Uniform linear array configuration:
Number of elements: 64
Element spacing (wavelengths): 1
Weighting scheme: hamming
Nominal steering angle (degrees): -45
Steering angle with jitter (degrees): -46.68
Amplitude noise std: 0.05
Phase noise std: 0.05

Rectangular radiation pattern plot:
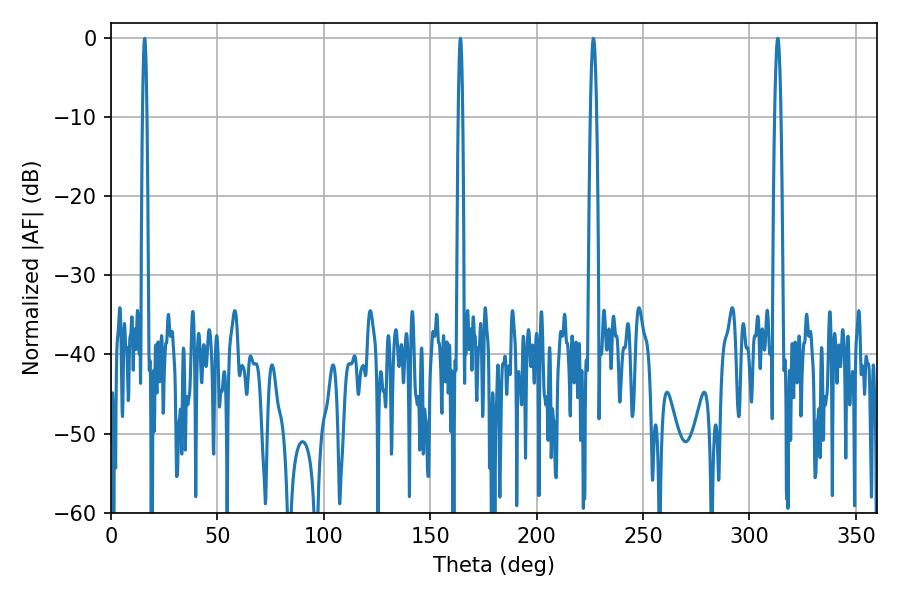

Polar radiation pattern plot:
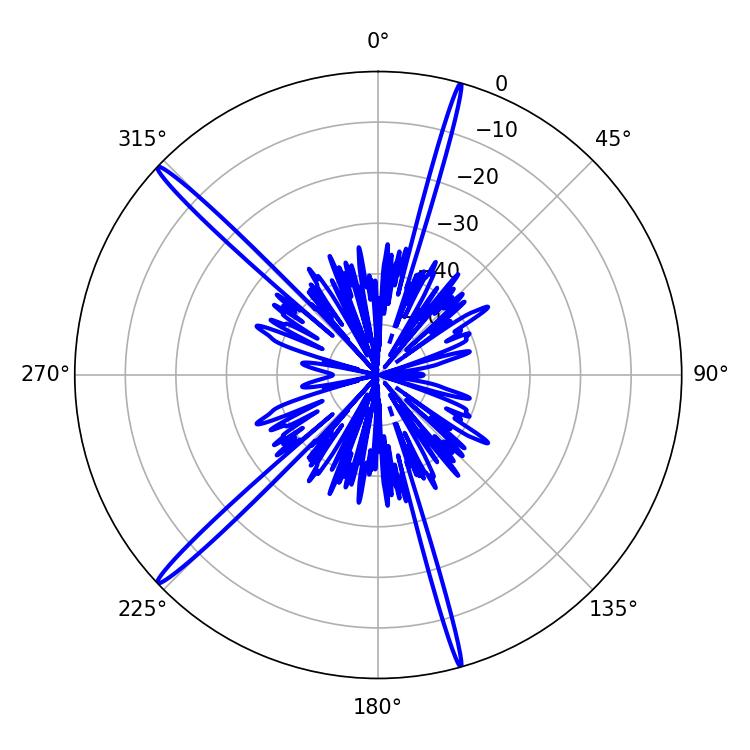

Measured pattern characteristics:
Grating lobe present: TRUE
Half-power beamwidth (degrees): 1.08
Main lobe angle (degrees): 164.16